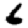
Digit: 6